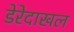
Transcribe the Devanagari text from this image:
डेरेदाखल